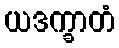
ယဒက္ခာတံ